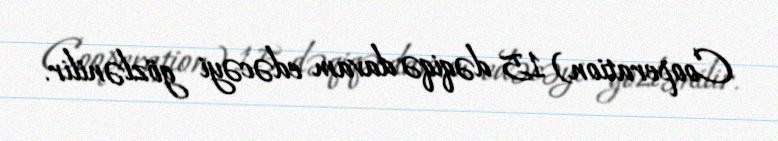
Cooperation) 15 dəqiqə davam edəcəyi gözlənilir.